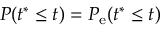
P ( t ^ { \ast } \leq t ) = P _ { \mathrm { e } } ( t ^ { \ast } \leq t )